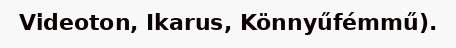
Videoton, Ikarus, Könnyűfémmű).